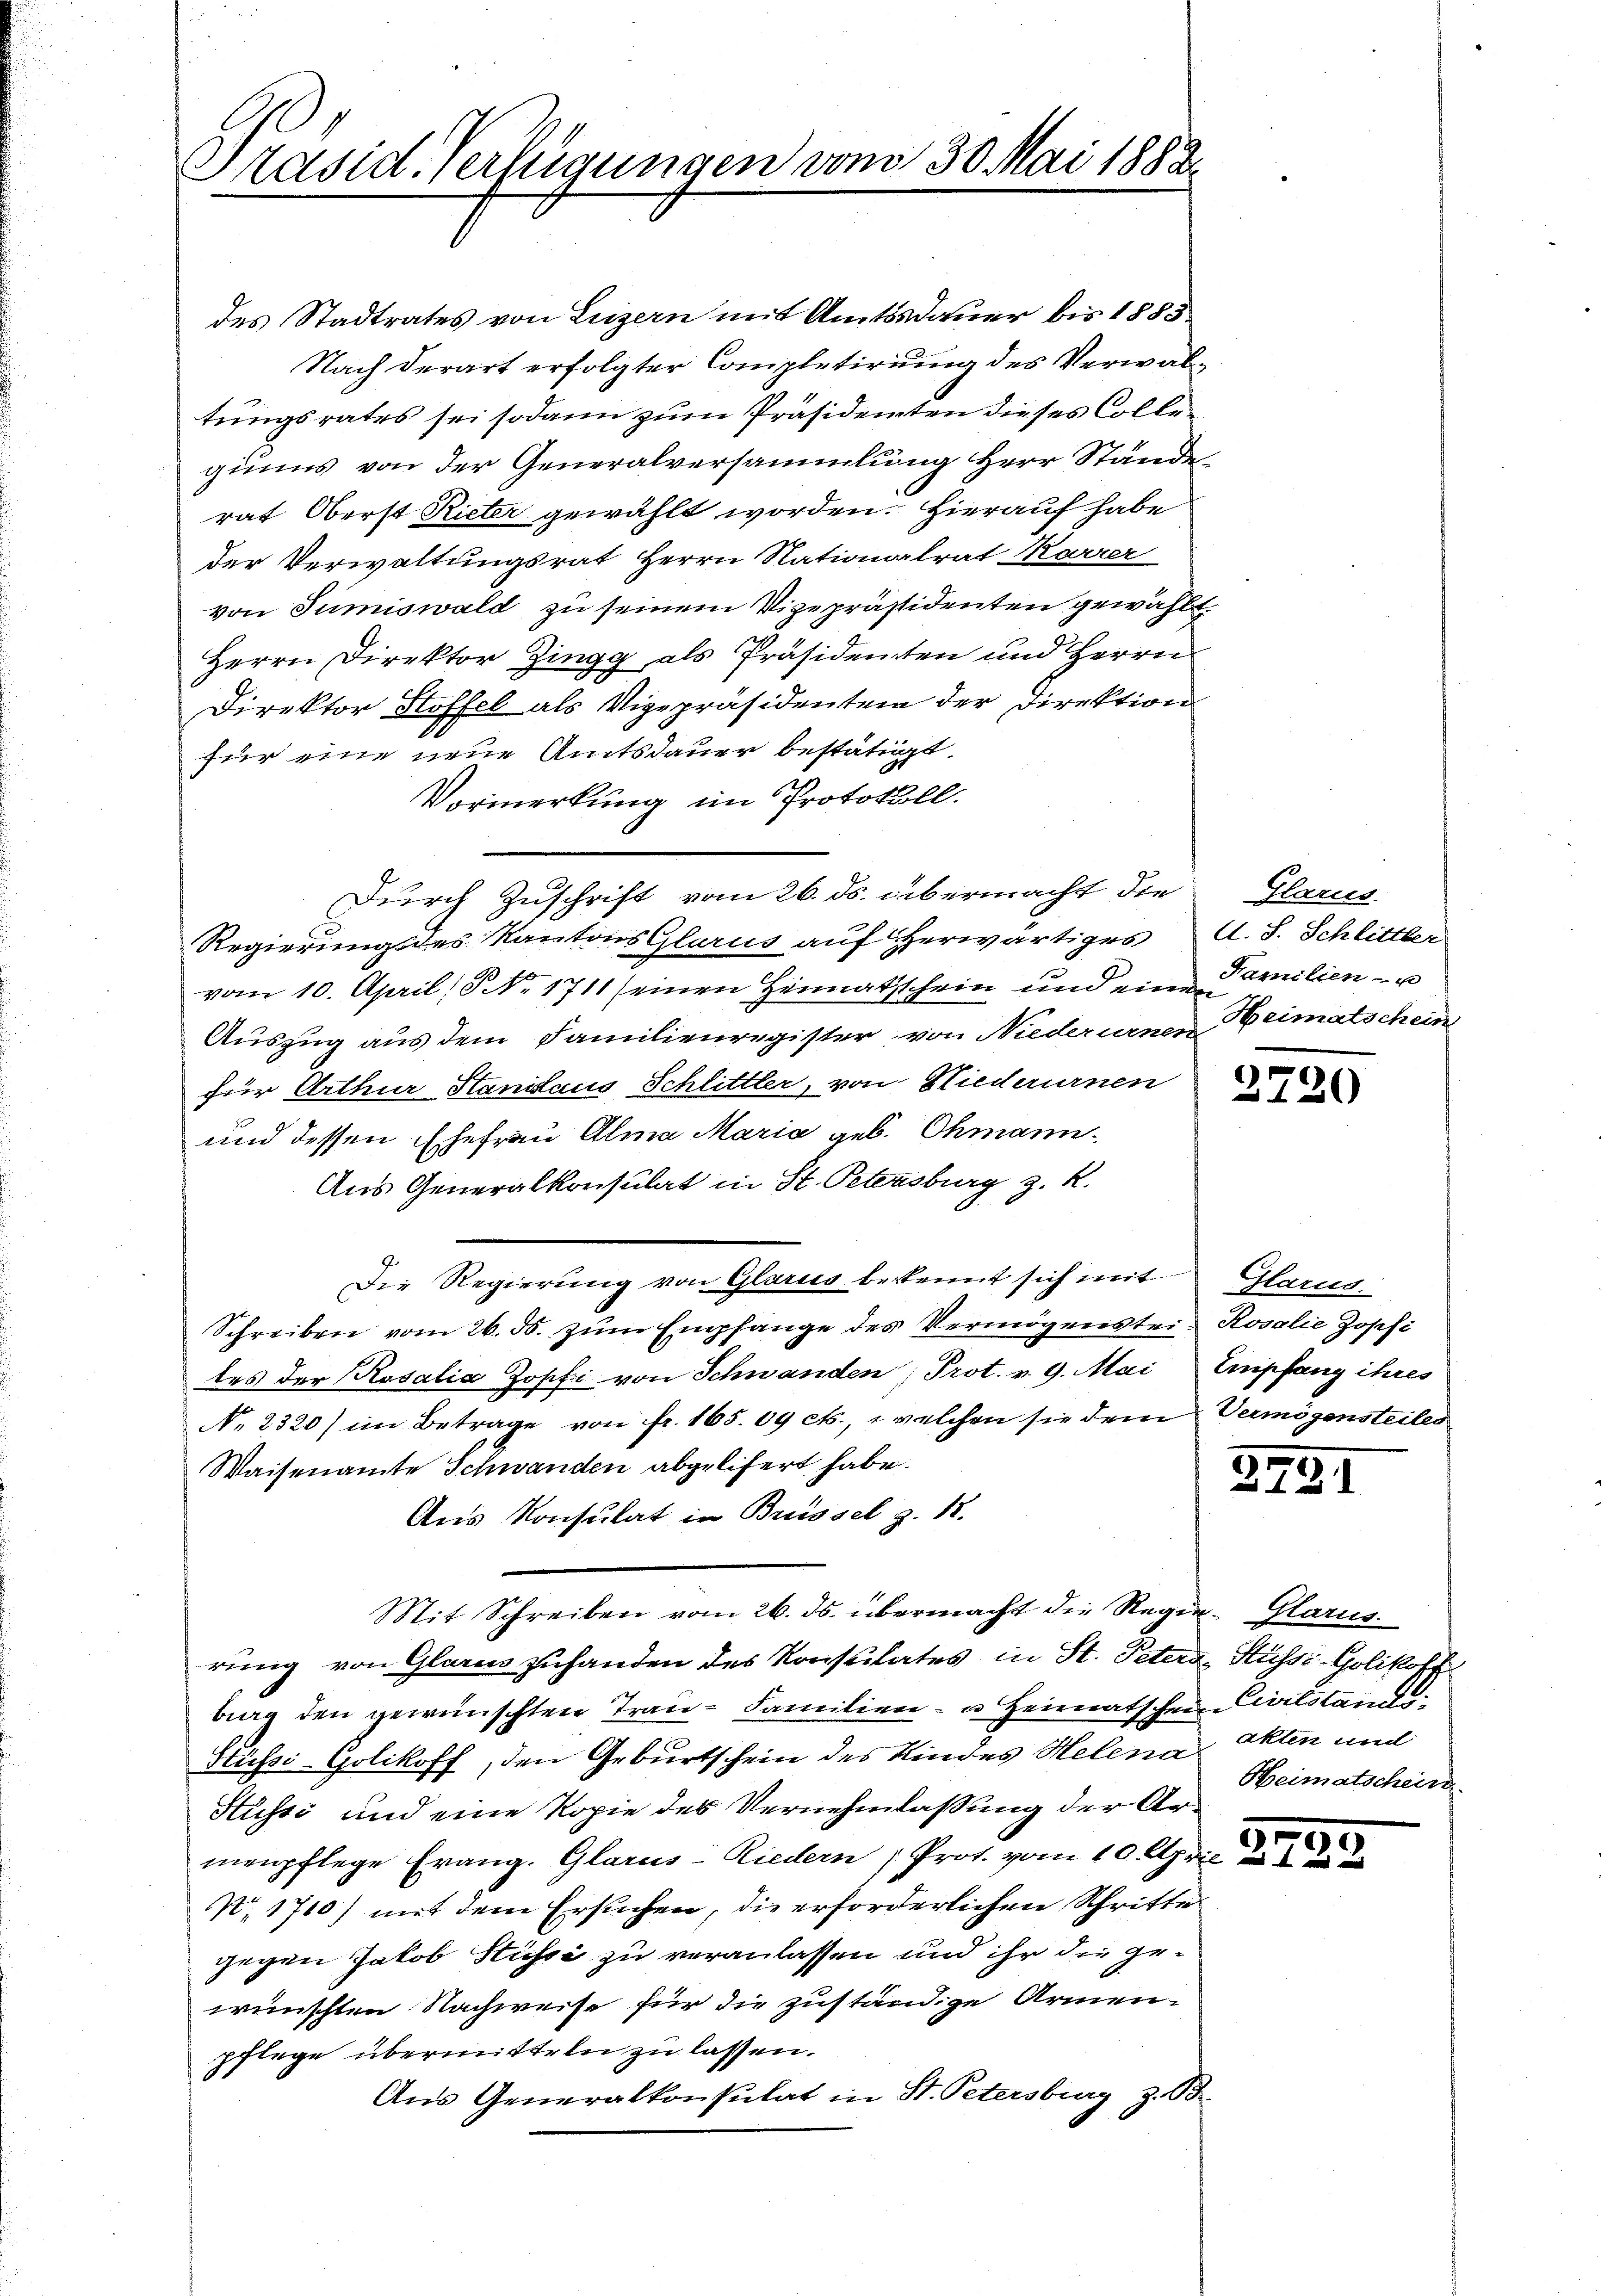
des Stadtrates von Luzern mit Amtsdauer bis 1885
Nach derart erfolgter Completirung des Verwaltungsrates sei sodann zum Präsidenten dieses Colleginns von der Generalversammlung Herr Stände
rat Oberst Rieter gewählt worden. Hierauf habe
der Verwaltungsrat Herrn Nationalrat Karrer
von Sumiswald zu seinem Vizepräsidenten gewählt.
Herrn Direktor Zingg als Präsidenten und Herrn
Direktor Stoffel als Vigepräsidenten der Direktion
für eine neue Amtsdauer bestätigt.
Vormerkung im Protokoll.
Durch Zuschrift vom 26. ds. übermacht die Glarus
Regierungs des Kantons Glarus auf herwärtiges A. S. Schlittler
vom 10. April § No. 1711 seinen Heimatsschein und eine Familien- u
Auszug aus dem Familienregister von Niederurnen Beimatschein
für Arthur Hanidaus Schlittler, von Niederurnen
und dessen Ehefrau Alma Maria geb. Ohmann
Aus Generalkonsulat in St. Petensburg z. R.
Die Regierung von Glarus bekennt sich mit Glarus.
Schreiben vom 26. ds. zŭm Empfange des Vermögenstei- Rosalie Jopfi
tes der Rosalia Zopf von Schwanden, Prot. v. 9. Mai Empfang ihres
N. 2320) im Betrage von fr. 165. 09 cts., welchen sie dem Vermögensteiles
Waisenamte Schwanden abgelifert habe.
Aus Konsulat in Brissel z. 12.
Mit Schreiben vom 26. ds. übermacht die Regier- Glarus.
rung von Glarus zuhanden des Konsulates in St. Peters, Süssé-Golikoff
bieg den gewünschten Trau- Familien- u Heimatschen Civilstand¬
Stiefsi-Golikoff, den Geburtschein des Kindes Helena, Akten und
Hüssé und eine Kopie des Vernehmlassung der Armenpflege Frang. Glarus-Riedern Prot. vom 10. April
N. 1710) mit dem Ersuchen, die erforderlichen Schritte
gegen Jakob Stüsse zu veranlassen und ihr die gewünschten Nachweise für die zuständige Armenpflege übermitteln zu lassen.
Aus Generalkonsulat in St. Petersburg z. B.

Präsid. Verfügungen vom 30. Mai 1882

2720

291

Heimatschein

3799